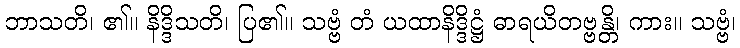
ဘာသတိ၊ ၏။ နိဒ္ဒိသတိ၊ ပြ၏။ သဗ္ဗံ တံ ယထာနိဒ္ဒိဋ္ဌံ ဓာရယိတဗ္ဗန္တိ၊ ကား။ သဗ္ဗံ၊